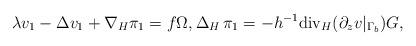
LaTeX: \begin{align*} \lambda v_1 - \Delta v_1 + \nabla_H \pi_1 = f \Omega, \Delta_H\, \pi_1 = -h^{-1} \mathrm{div}_H(\partial_z v|_{\Gamma_b}) G, \end{align*}